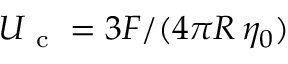
U _ { \mathrm { ~ c ~ } } = 3 F / ( 4 \pi R \, \eta _ { 0 } )